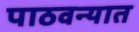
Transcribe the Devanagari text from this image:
पाठवन्यात